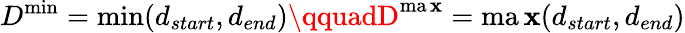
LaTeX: D^{\operatorname*{min}}=\operatorname*{min}({d}_{start},{d}_{end})\qquadD^{\operatorname*{ma\mathbf{x}}}=\operatorname*{ma\mathbf{x}}({d}_{start},{d}_{end})